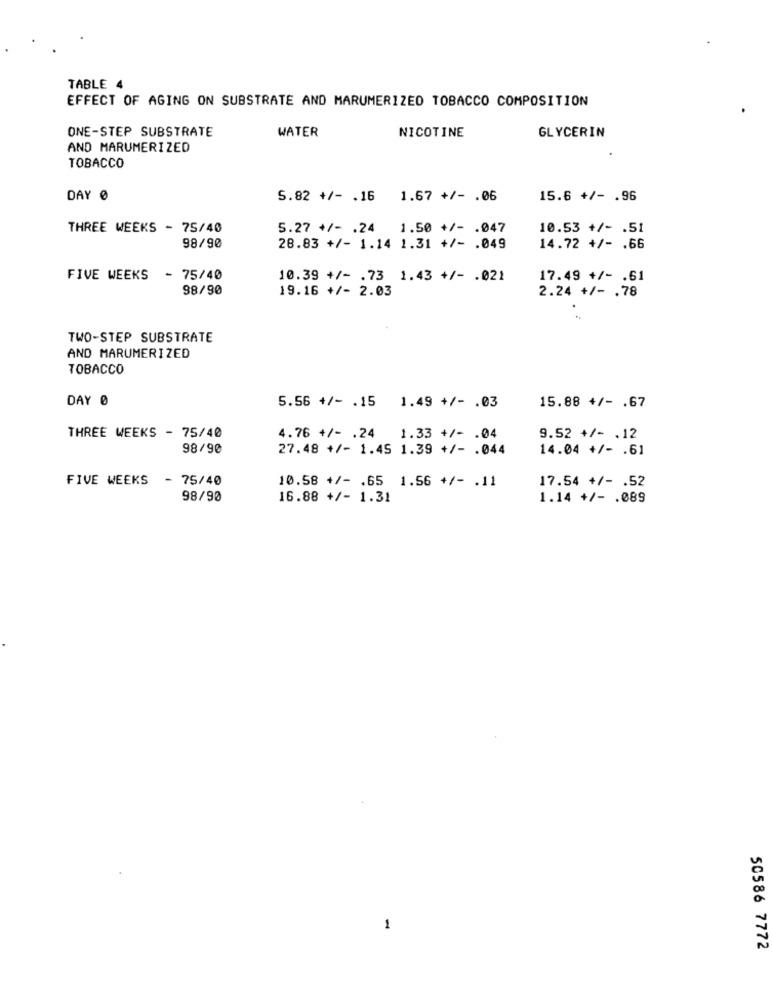
TABLE 4
EFFECT OF AGING ON SUBSTRATE AND MARUMERIZED TOBACCO COMPOSITION
ONE-STEP SUBSTRATE
WATER
NICOTINE
GLYCERIN
AND MARUMERIZED
TOBACCO
DAY 0
S.82 +/- . 16 1.67 +/- . 06
15.6 +/- . 96
THREE WEEKS - 75/40
5.27 +/- . 24
1.50 +/- . 047
10.53 +/- . 51
98/90
28.83 +/- 1.14 1.31 +/- . 049
14.72 +/- . 66
FIVE WEEKS
- 75/40
10.39 +/- . 73 1.43 +/- . 021
17.49 +/- . 61
98/90
19.16 +/- 2.03
2.24 +/- . 78
TWO-STEP SUBSTRATE
AND MARUMERIZED
TOBACCO
DAY 0
5.56 +/- . 15 1.49 +/- . 03
15.88 +/- . 67
THREE WEEKS - 75/40
4.76 +/- . 24 1.33 +/- . 04
9.52 +/- . 12
98/90
27.48 +/- 1.45 1.39 +/- . 044
14.04 +/- . 61
FIVE WEEKS
- 75/40
10.58 +/- . 65 1.56 +/- . 11
17.54 +/- . 52
98/90
16.88 +/- 1.31
1.14 +/- . 089
1
50586 7772